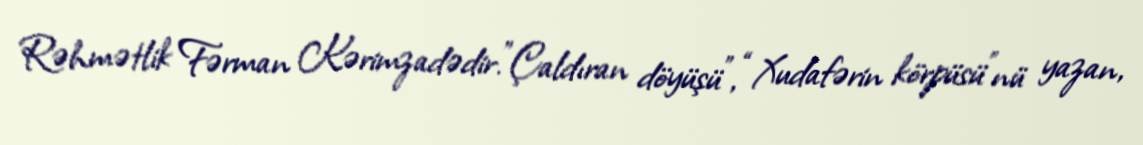
Rəhmətlik Fərman Kərimzadədir.”Çaldıran döyüşü”, “Xudafərin körpüsü”nü yazan,